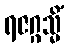
ရဇဂ္ဂသ္မိံ